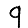
Digit: 9